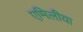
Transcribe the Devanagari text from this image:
एमिलीया